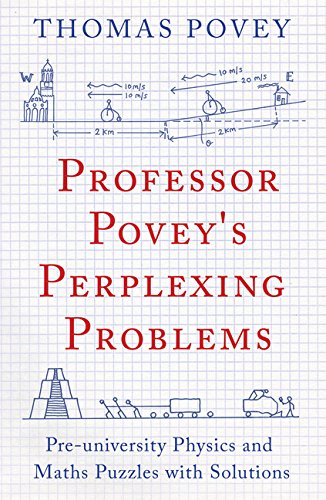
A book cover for Professor Povey's Perplexing Problems: Pre-university Physics and Maths Puzzles with Solutions; Thomas Povey; Humor & Entertainment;